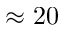
\approx 2 0